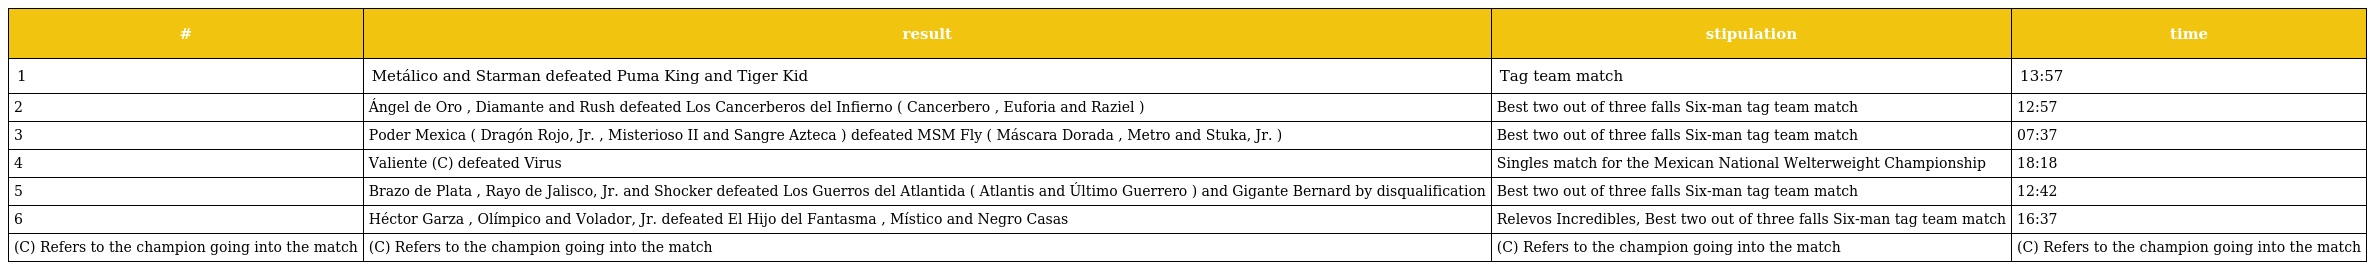
| # | result | stipulation | time |
 | --- | --- | --- | --- |
 | 1 | Metálico and Starman defeated Puma King and Tiger Kid | Tag team match | 13:57 |
 | 2 | Ángel de Oro , Diamante and Rush defeated Los Cancerberos del Infierno ( Cancerbero , Euforia and Raziel ) | Best two out of three falls Six-man tag team match | 12:57 |
 | 3 | Poder Mexica ( Dragón Rojo, Jr. , Misterioso II and Sangre Azteca ) defeated MSM Fly ( Máscara Dorada , Metro and Stuka, Jr. ) | Best two out of three falls Six-man tag team match | 07:37 |
 | 4 | Valiente (C) defeated Virus | Singles match for the Mexican National Welterweight Championship | 18:18 |
 | 5 | Brazo de Plata , Rayo de Jalisco, Jr. and Shocker defeated Los Guerros del Atlantida ( Atlantis and Último Guerrero ) and Gigante Bernard by disqualification | Best two out of three falls Six-man tag team match | 12:42 |
 | 6 | Héctor Garza , Olímpico and Volador, Jr. defeated El Hijo del Fantasma , Místico and Negro Casas | Relevos Incredibles, Best two out of three falls Six-man tag team match | 16:37 |
 | (C) Refers to the champion going into the match | (C) Refers to the champion going into the match | (C) Refers to the champion going into the match | (C) Refers to the champion going into the match |